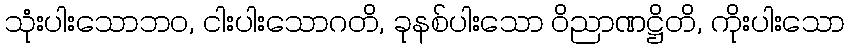
သုံးပါးသောဘဝ, ငါးပါးသောဂတိ, ခုနစ်ပါးသော ဝိညာဏဋ္ဌိတိ, ကိုးပါးသော